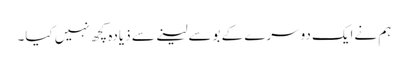
ہم نےایک دوسرے کے بوسےلینے سے ذیادہ کچھ نہیں کیا۔